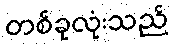
တစ်ခုလုံးသည်